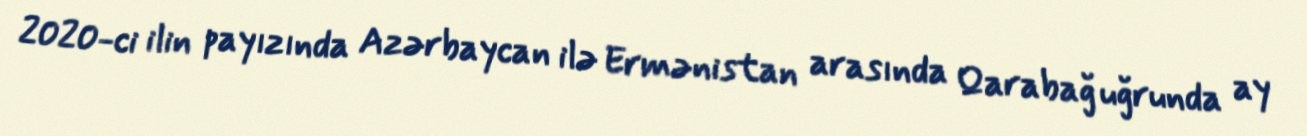
2020-ci ilin payızında Azərbaycan ilə Ermənistan arasında Qarabağ uğrunda ay